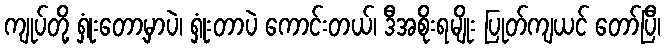
ကျုပ်တို့ ရှုံးတော့မှာပဲ၊ ရှုံးတာပဲ ကောင်းတယ်၊ ဒီအစိုးရမျိုး ပြုတ်ကျယင် တော်ပြီ၊